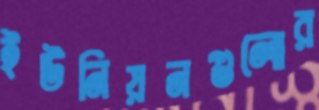
ইউনিয়নগুলোর